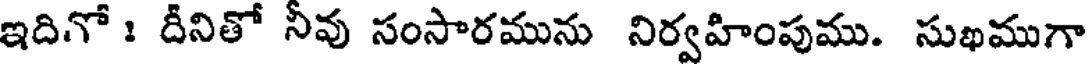
ఇదిగో : దీనితో నీవు సంసారమును నిర్వహింపుము. సుఖముగా